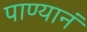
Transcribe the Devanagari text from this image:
पाण्यानं